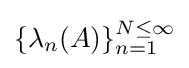
\{\lambda _{n}(A)\}_{n=1}^{N\leq \infty }